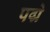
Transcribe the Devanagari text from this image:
पद्मे